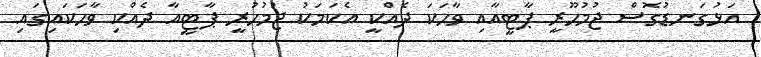
އަޅުގަނޑުގޮސް ޖުމުހޫރީ ޕާޓީއާއި ވާހަކަ ދެއްކީ އެކަމަކު ޖުމުހުރީ ޕާޓީއާ ދެއްކި ވާހަކައިގައި